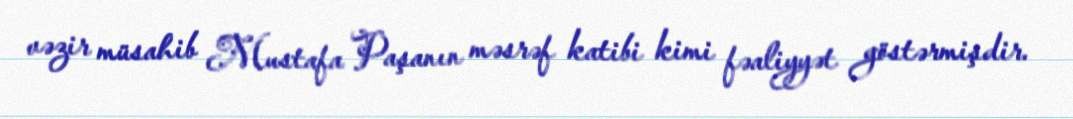
vəzir müsahib Mustafa Paşanın məsrəf katibi kimi fəaliyyət göstərmişdir.